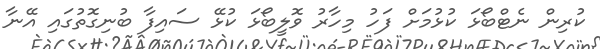
ކުރިން ނެޓްބޯޅަ ކުޅުމަށް ފަހު މިހާރު ވޮލީބޯޅަ ކުޅޭ ސައިފާ ބުނިގޮތުގައި އޭނާ